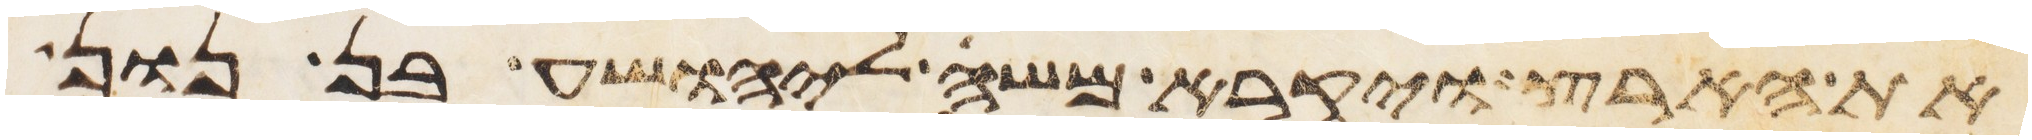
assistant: את הארץ ויקרא משה ליהושע בן נון